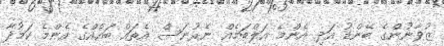
ޒުވާނުންގެ ބޭންޑު އަދި އެންމެ އަލްބަމެއް ނެރުނަސް އެތައް ބައެއްގެ އެންމެ ކަމުދާ